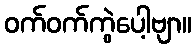
ဝက်ဝက်ကွဲပေါ့ဗျာ။